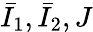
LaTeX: {\bar{I}}_{1},{\bar{I}}_{2},J